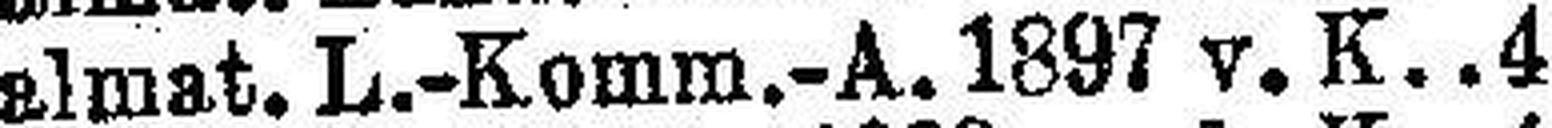
Dalmat. L.-Komm.-A. 1897 V. K. 4